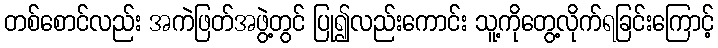
တစ်စောင်လည်း အကဲဖြတ်အဖွဲ့တွင် ပြု၍လည်းကောင်း သူ့ကိုတွေ့လိုက်ရခြင်းကြောင့်